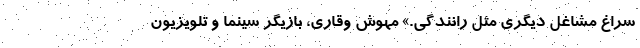
سراغ مشاغل دیگری مثل رانندگی.» مهوش وقاری، بازیگر سینما و تلویزیون